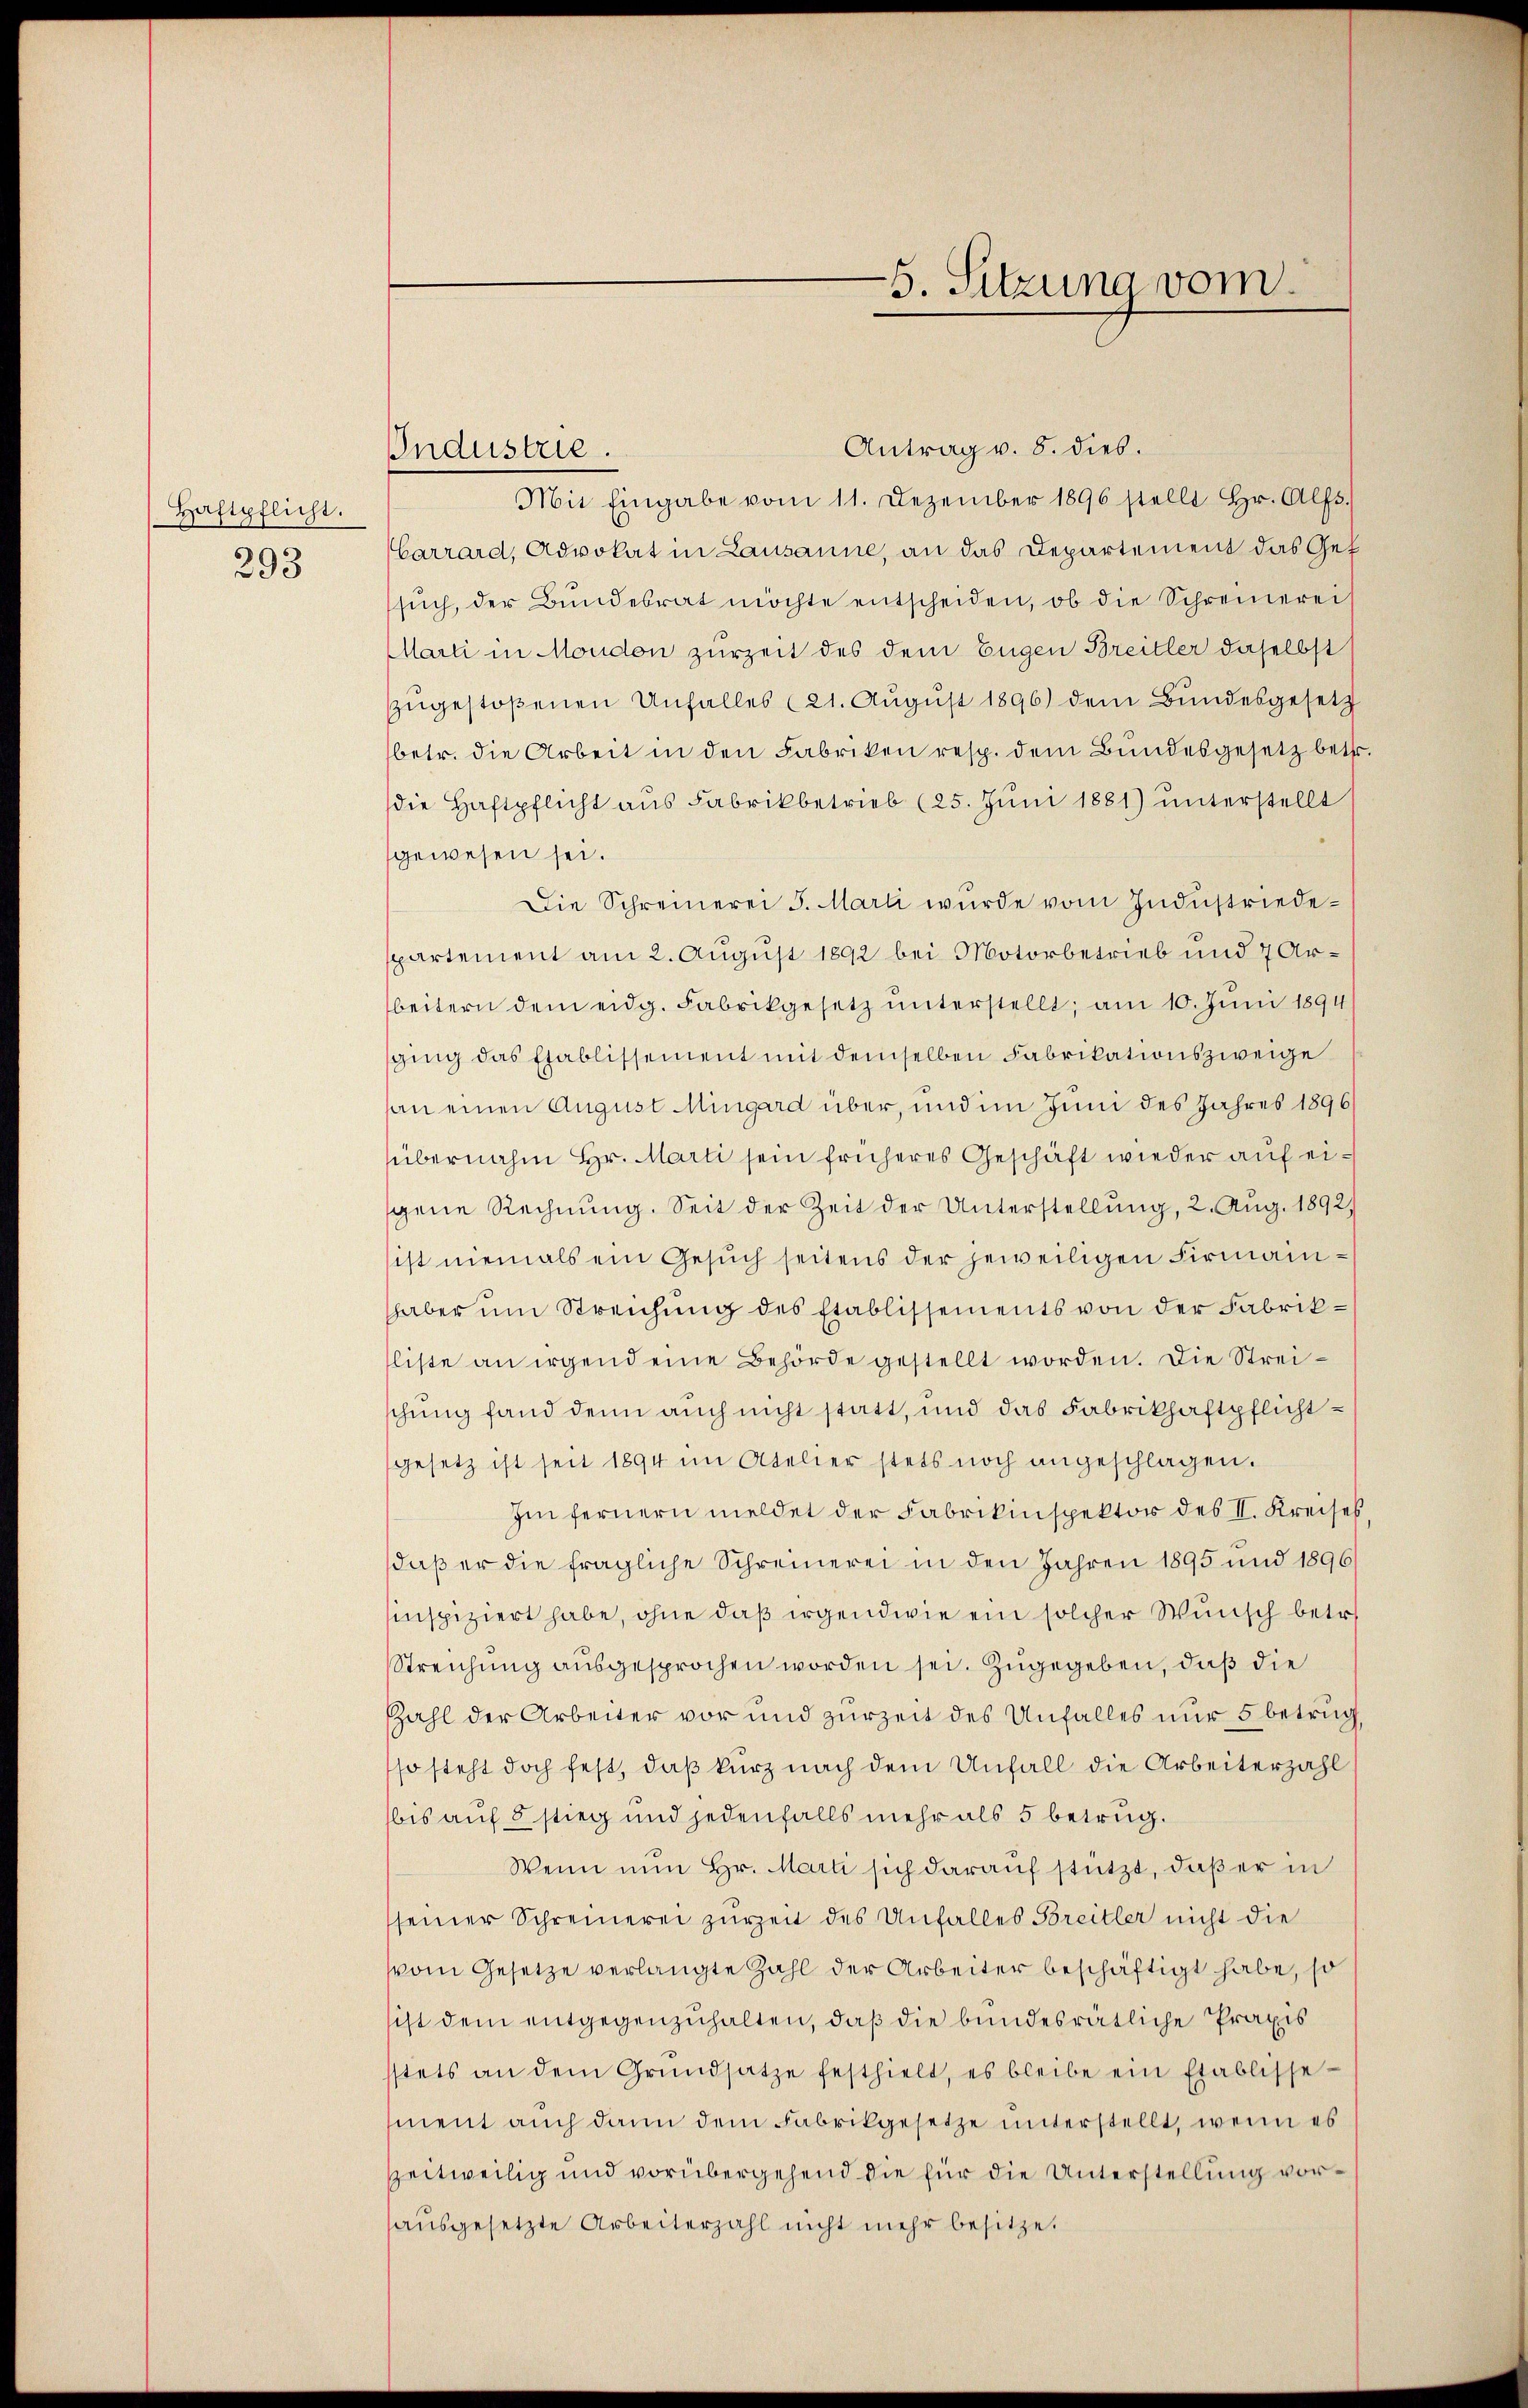
Haftpflicht.
293

Antrag v. 8. dies.
Mit Eingabe vom 11. Dezember 1896 stellt Hr. Alfs.
Carrard, Advokat in Lausanne, an das Departement das Gef
such, der Bundesrat möchte entscheiden, ob die Schreinerei
Marti in Moudon zurzeit des dem Eugen Breitler daselbst
zugestoßenen Unfalles (21. August 1896) dem Bundesgesetz
betr. die Arbeit in den Fabriken resp. dem Bundesgesetz betr.
die Haftpflicht aus Fabrikbetrieb (25. Juni 1881) unterstellt
gewesen sei.
Die Schreinerei J. Marti wurde vom Industriedespartement am 2. August 1892 bei Motorbetrieb und 7 Arbeitern dem eidg. Fabrikgesetz unterstellt; am 10. Juni 1894
sging das Etablissement mit demselben Fabrikationszweige
an einen August Mingard über, und im Juni des Jahres 1896
übernahm Hr. Marti sein früheres Geschäft wieder auf eigene Rechnung. Seit der Zeit der Unterstellung, 2. Aug. 1892.
ist niemals ein Gesŭch seitens der jeweiligen Firmanihaber um Streichung des Etablissements von der Fabrikliste an irgend eine Behörde gestellt worden. Die Streischung fand denn auch nicht statt, und das Fabrikhaftpflichtgesetz ist seit 1894 im Atelier stets noch angeschlagen.
Im fernern meldet der Fabrikinspektor des II. Kreises,
daß er die fragliche Schreinerei in den Jahren 1895 und 1896/
sinspiziert habe, ohne daß irgendwie ein solcher Wunsch betr.
Streichung ausgesprochen worden sei. Zugegeben, daß die
Zahl der Arbeiter vor und zurzeit des Unfalles nur 5 betrug,
so steht doch fest, daß kurz nach dem Unfall die Arbeiterzahl
bis auf 5 stieg und jedenfalls mehr als 5 betrug.
Wenn nun Hr. Marti sich darauf stützt, daß er in
seiner Schreinerei zurZeit des Unfalles Breitler nicht die
vom Gesetze verlangte Zahl der Arbeiter beschäftigt habe, so
sist dem entgegenzuhalten, daß die bundesrätliche Praxis
sstets an dem Grŭndsatze festhielt, es bleibe ein Etablisse-
ment auch dann dem Fabrikgesetze unterstellt, wenn es
zeitweilig und vorübergehend die für die Unterstellung voraŭsgesetzte Arbeiterzahl nicht mehr besitze.

Industrie.

5. Sitzung vom